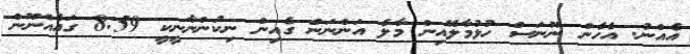
އެއްނު. އެހެން ނޫނަސް ހުޅުމާލޭއިން މާލެ އަންނަން ގެއިން ނިކުންނާނީކީ 8:59 ގައެއްނޫން